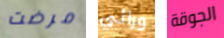
مرضت ورائي الجوقة